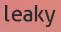
leaky